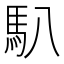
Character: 𩡩